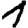
Digit: 1